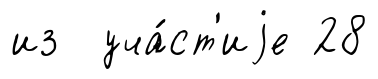
из уча́ст'иjе 28